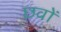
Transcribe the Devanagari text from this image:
छवों